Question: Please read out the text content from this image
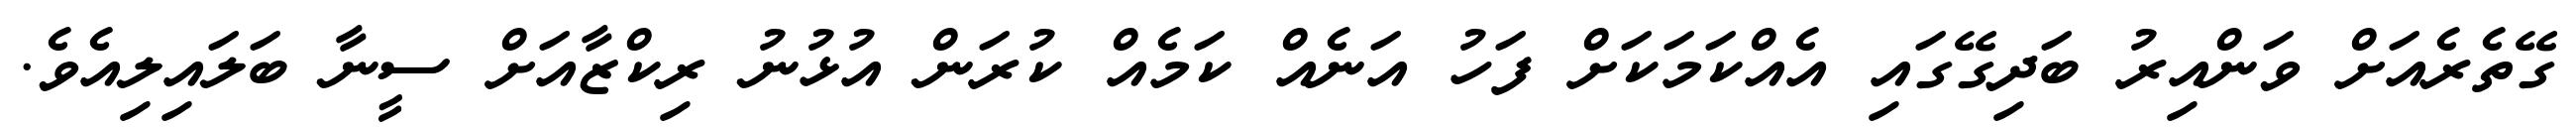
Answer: ގޭތެރެއަށް ވަންއިރު ބަދިގޭގައި އެއްކަމަކަށް ފަހު އަނެއް ކަމެއް ކުރަން އުޅުނު ރިކްޒާއަށް ސީނާ ބަލައިލިއެވެ.